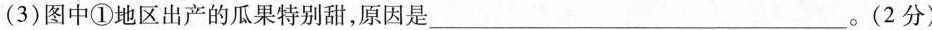
(3)图中①地区出产的瓜果特别甜，原因是___。(2分)